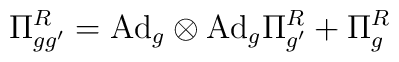
\Pi^R_{gg'}=\hbox{Ad}_g\otimes \hbox{Ad}_g\Pi^R_{g'}+\Pi^R_{g}